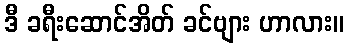
ဒီ ခရီးဆောင်အိတ် ခင်ဗျား ဟာလား။